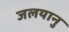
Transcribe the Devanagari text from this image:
जलयानु